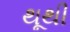
થૂથી